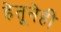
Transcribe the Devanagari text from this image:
हेतूनेही